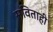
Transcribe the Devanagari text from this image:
सविताही